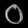
Digit: ၀